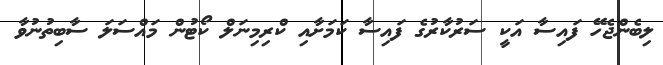
ލިބެންޖެހޭ ފައިސާ އަކީ ސަރުކާރުގެ ފައިސާ ކަމަށާއި ކްރިމިނަލް ކޯޓުން މައްސަލަ ސާބިތުނުވާ